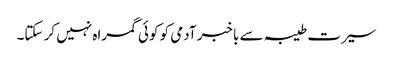
سیرت طیبہ سے باخبر آدمی کو کوئی گمراہ نہیں کر سکتا۔